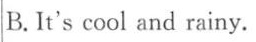
B. It's cool and rainy.